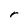
Character: r